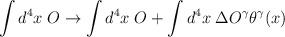
LaTeX: \begin{align*}\int d^{4}x\; O\rightarrow \int d^{4}x\; O+\int d^{4}x\; \Delta O^{\gamma }\theta ^{\gamma }(x)\end{align*}